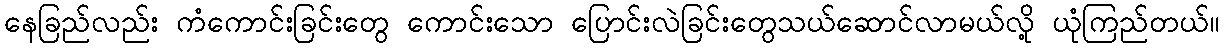
နေခြည်လည်း ကံကောင်းခြင်းတွေ ကောင်းသော ပြောင်းလဲခြင်းတွေသယ်ဆောင်လာမယ်လို့ ယုံကြည်တယ်။